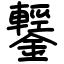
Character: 鑋